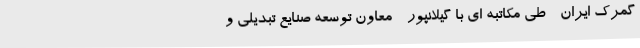
گمرک ایران - طی مکاتبه ای با گیلانپور - معاون توسعه صنایع تبدیلی و